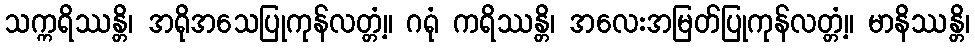
သက္ကရိဿန္တိ၊ အရိုအသေပြုကုန်လတ္တံ့။ ဂရုံ ကရိဿန္တိ၊ အလေးအမြတ်ပြုကုန်လတ္တံ့။ မာနိဿန္တိ၊